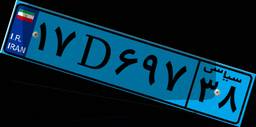
۹۸D۰۴۹۶۲